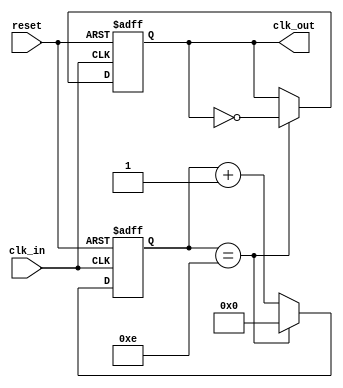
module clock_divider (
    input wire clk_in,    // 0.6 MHz input clock
    input wire reset,     // Asynchronous reset
    output reg clk_out    // 40 kHz output clock
);

    // Define the counter width
    reg [3:0] counter;    // 4-bit counter to count from 0 to 14

    always @(posedge clk_in or posedge reset) begin
        if (reset) begin
            counter <= 4'd0;
            clk_out <= 1'b0;
        end else begin
            if (counter == 4'd14) begin
                counter <= 4'd0;
                clk_out <= ~clk_out;  // Toggle the output clock
            end else begin
                counter <= counter + 1;
            end
        end
    end

endmodule